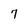
Character: 7